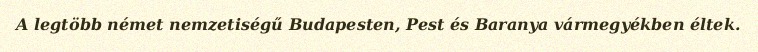
A legtöbb német nemzetiségű Budapesten, Pest és Baranya vármegyékben éltek.